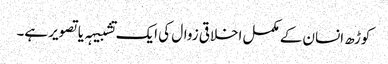
کوڑھ انسان کے مکمل اخلاقی زوال کی ایک تشبیہہ یا تصویر ہے۔